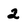
Character: 2